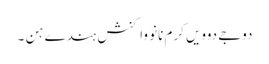
دوجے دوویں کرم نانوَ واکنش ہندے ہن ۔